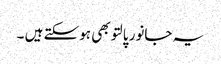
یہ جانور پالتو بھی ہوسکتے ہیں ۔